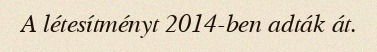
A létesítményt 2014-ben adták át.